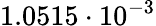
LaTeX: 1.0515\cdot 10^{-3}